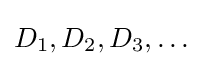
D_{1},D_{2},D_{3},\ldots